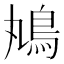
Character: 𩾞